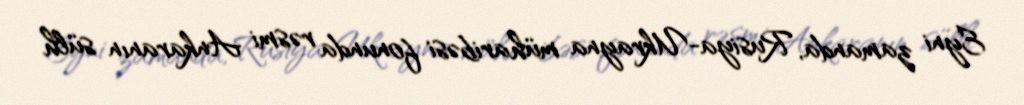
Eyni zamanda, Rusiya-Ukrayna müharibəsi fonunda rəsmi Ankaranın sülh